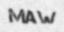
MAW